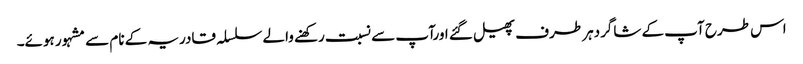
اس طرح آپ کے شاگردہر طرف پھیل گئے اورآپ سے نسبت رکھنے والے سلسلہ قادریہ کے نام سے مشہور ہوئے۔